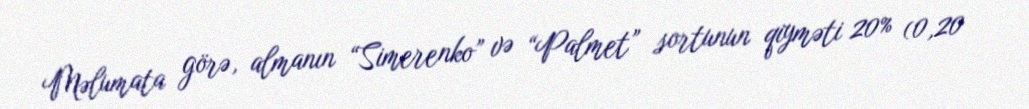
Məlumata görə, almanın “Simerenko” və “Palmet” sortunun qiyməti 20% (0,20